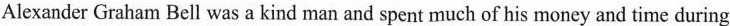
Alexander Graham Bell was a kind man and spent much of his money and time during